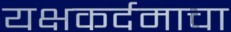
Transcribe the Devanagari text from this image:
यक्षकर्दमाचा